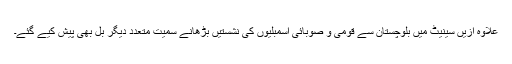
علاوہ ازیں سینیٹ میں بلوچستان سے قومی و صوبائی اسمبلیوں کی نشستیں بڑھانے سمیت متعدد دیگر بل بھی پیش کیے گئے۔